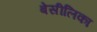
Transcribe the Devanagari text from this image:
बेसीलिका